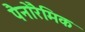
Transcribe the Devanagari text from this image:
पैनोरैमिक